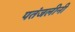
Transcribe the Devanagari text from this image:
पतंजलीनी